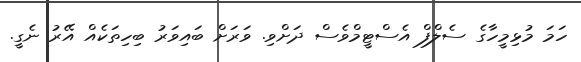
ހަމަ މުޅިމީހާގެ ސެލްފް އެސްޓީމްވެސް ދަށްވި. ވަރަށް ބައިވަރު ބިހިތަކެއް އޭރު ނެގީ.